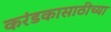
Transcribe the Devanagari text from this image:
करंडकासाठीच्या